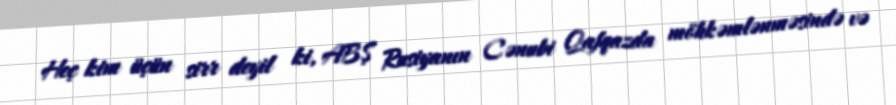
Heç kim üçün sirr deyil ki, ABŞ Rusiyanın Cənubi Qafqazda möhkəmlənməsində və